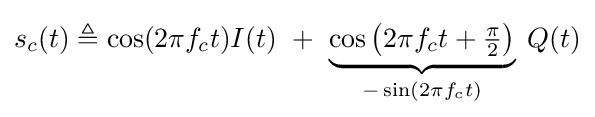
s_{c}(t)\triangleq \cos(2\pi f_{c}t)I(t)\ +\ \underbrace {\cos \left(2\pi f_{c}t+{\tfrac {\pi }{2}}\right)} _{-\sin \left(2\pi f_{c}t\right)}\;Q(t)